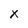
Character: x